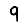
Digit: 9